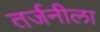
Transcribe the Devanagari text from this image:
तर्जनीला